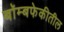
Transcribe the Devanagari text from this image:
बॉम्बफेकीतील